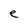
Character: e